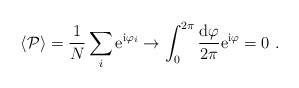
\begin{align*}\langle {\cal P} \rangle = \frac{1}{N}\sum_i {\rm e}^{{\rm i}\varphi_i}\to \int_0^{2\pi} \frac{{\rm d}\varphi}{2\pi} {\rm e}^{{\rm i}\varphi}= 0\ .\end{align*}